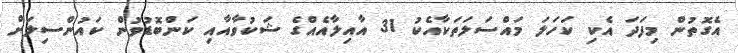
އެގޮތުން މިފަދަ އެކި ކަހަލަ މައްސަލަތަކާއެކު 31 އާއިލާއެއްގެ ޝަކުވާއާއި ކަންބޮޑުވުން ކައުންސިލަށް